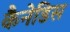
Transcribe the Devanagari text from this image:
कैनेडिस